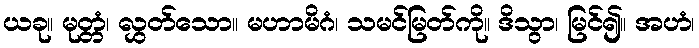
ယခု။ မုတ္တံ၊ လွှတ်သော။ မဟာမိဂံ၊ သမင်မြတ်ကို။ ဒိသွာ၊ မြင်၍။ အဟံ၊